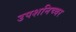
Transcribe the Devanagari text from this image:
उपशनिच्चर